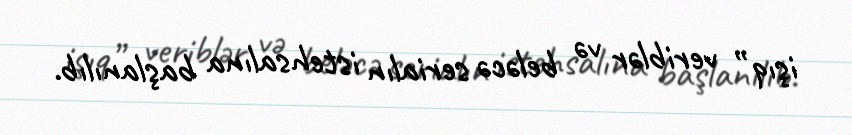
işıq” veriblər və beləcə serialın istehsalına başlanılıb.